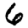
Digit: 6